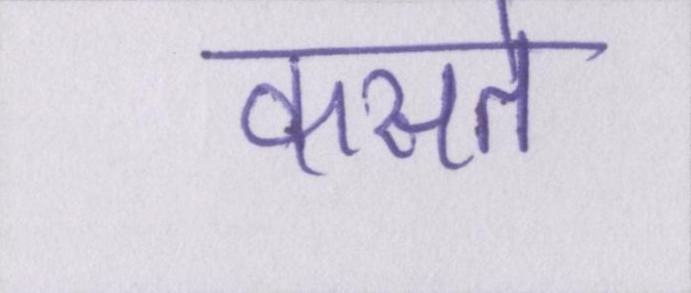
कसते